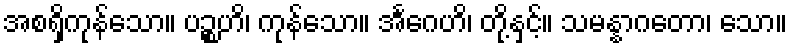
အစရှိကုန်သော။ ပဉ္စဟိ၊ ကုန်သော။ အင်္ဂေဟိ၊ တို့နှင့်။ သမန္နာဂတော၊ သော။